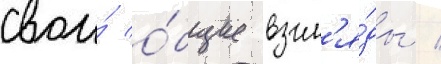
свои́ о́бщие взгл'я́ды /